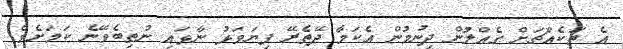
އެ ތަކެއްޗަށް ގެއްލުން ދިނުމުން އެކަމާ ދޭތެރޭ ފިޔަވަޅު ނާޅައި ނުތިބެވޭނެ ކަމަށެވެ.